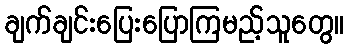
ချက်ချင်းပြေးပြောကြမည့်သူတွေ။